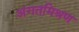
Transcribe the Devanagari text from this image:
अंगतमिश्रण